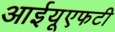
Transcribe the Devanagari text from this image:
आईयूएफटी